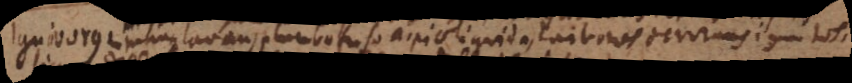
Ignivorus in manu lavans plumbo fuso [_] liquida, carbones devorans ignitos,